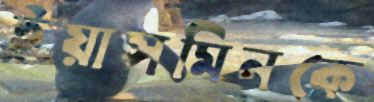
ইয়াসমিনকে